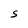
Character: S